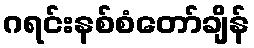
ဂရင်းနစ်စံတော်ချိန်